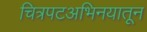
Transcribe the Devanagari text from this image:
चित्रपटअभिनयातून